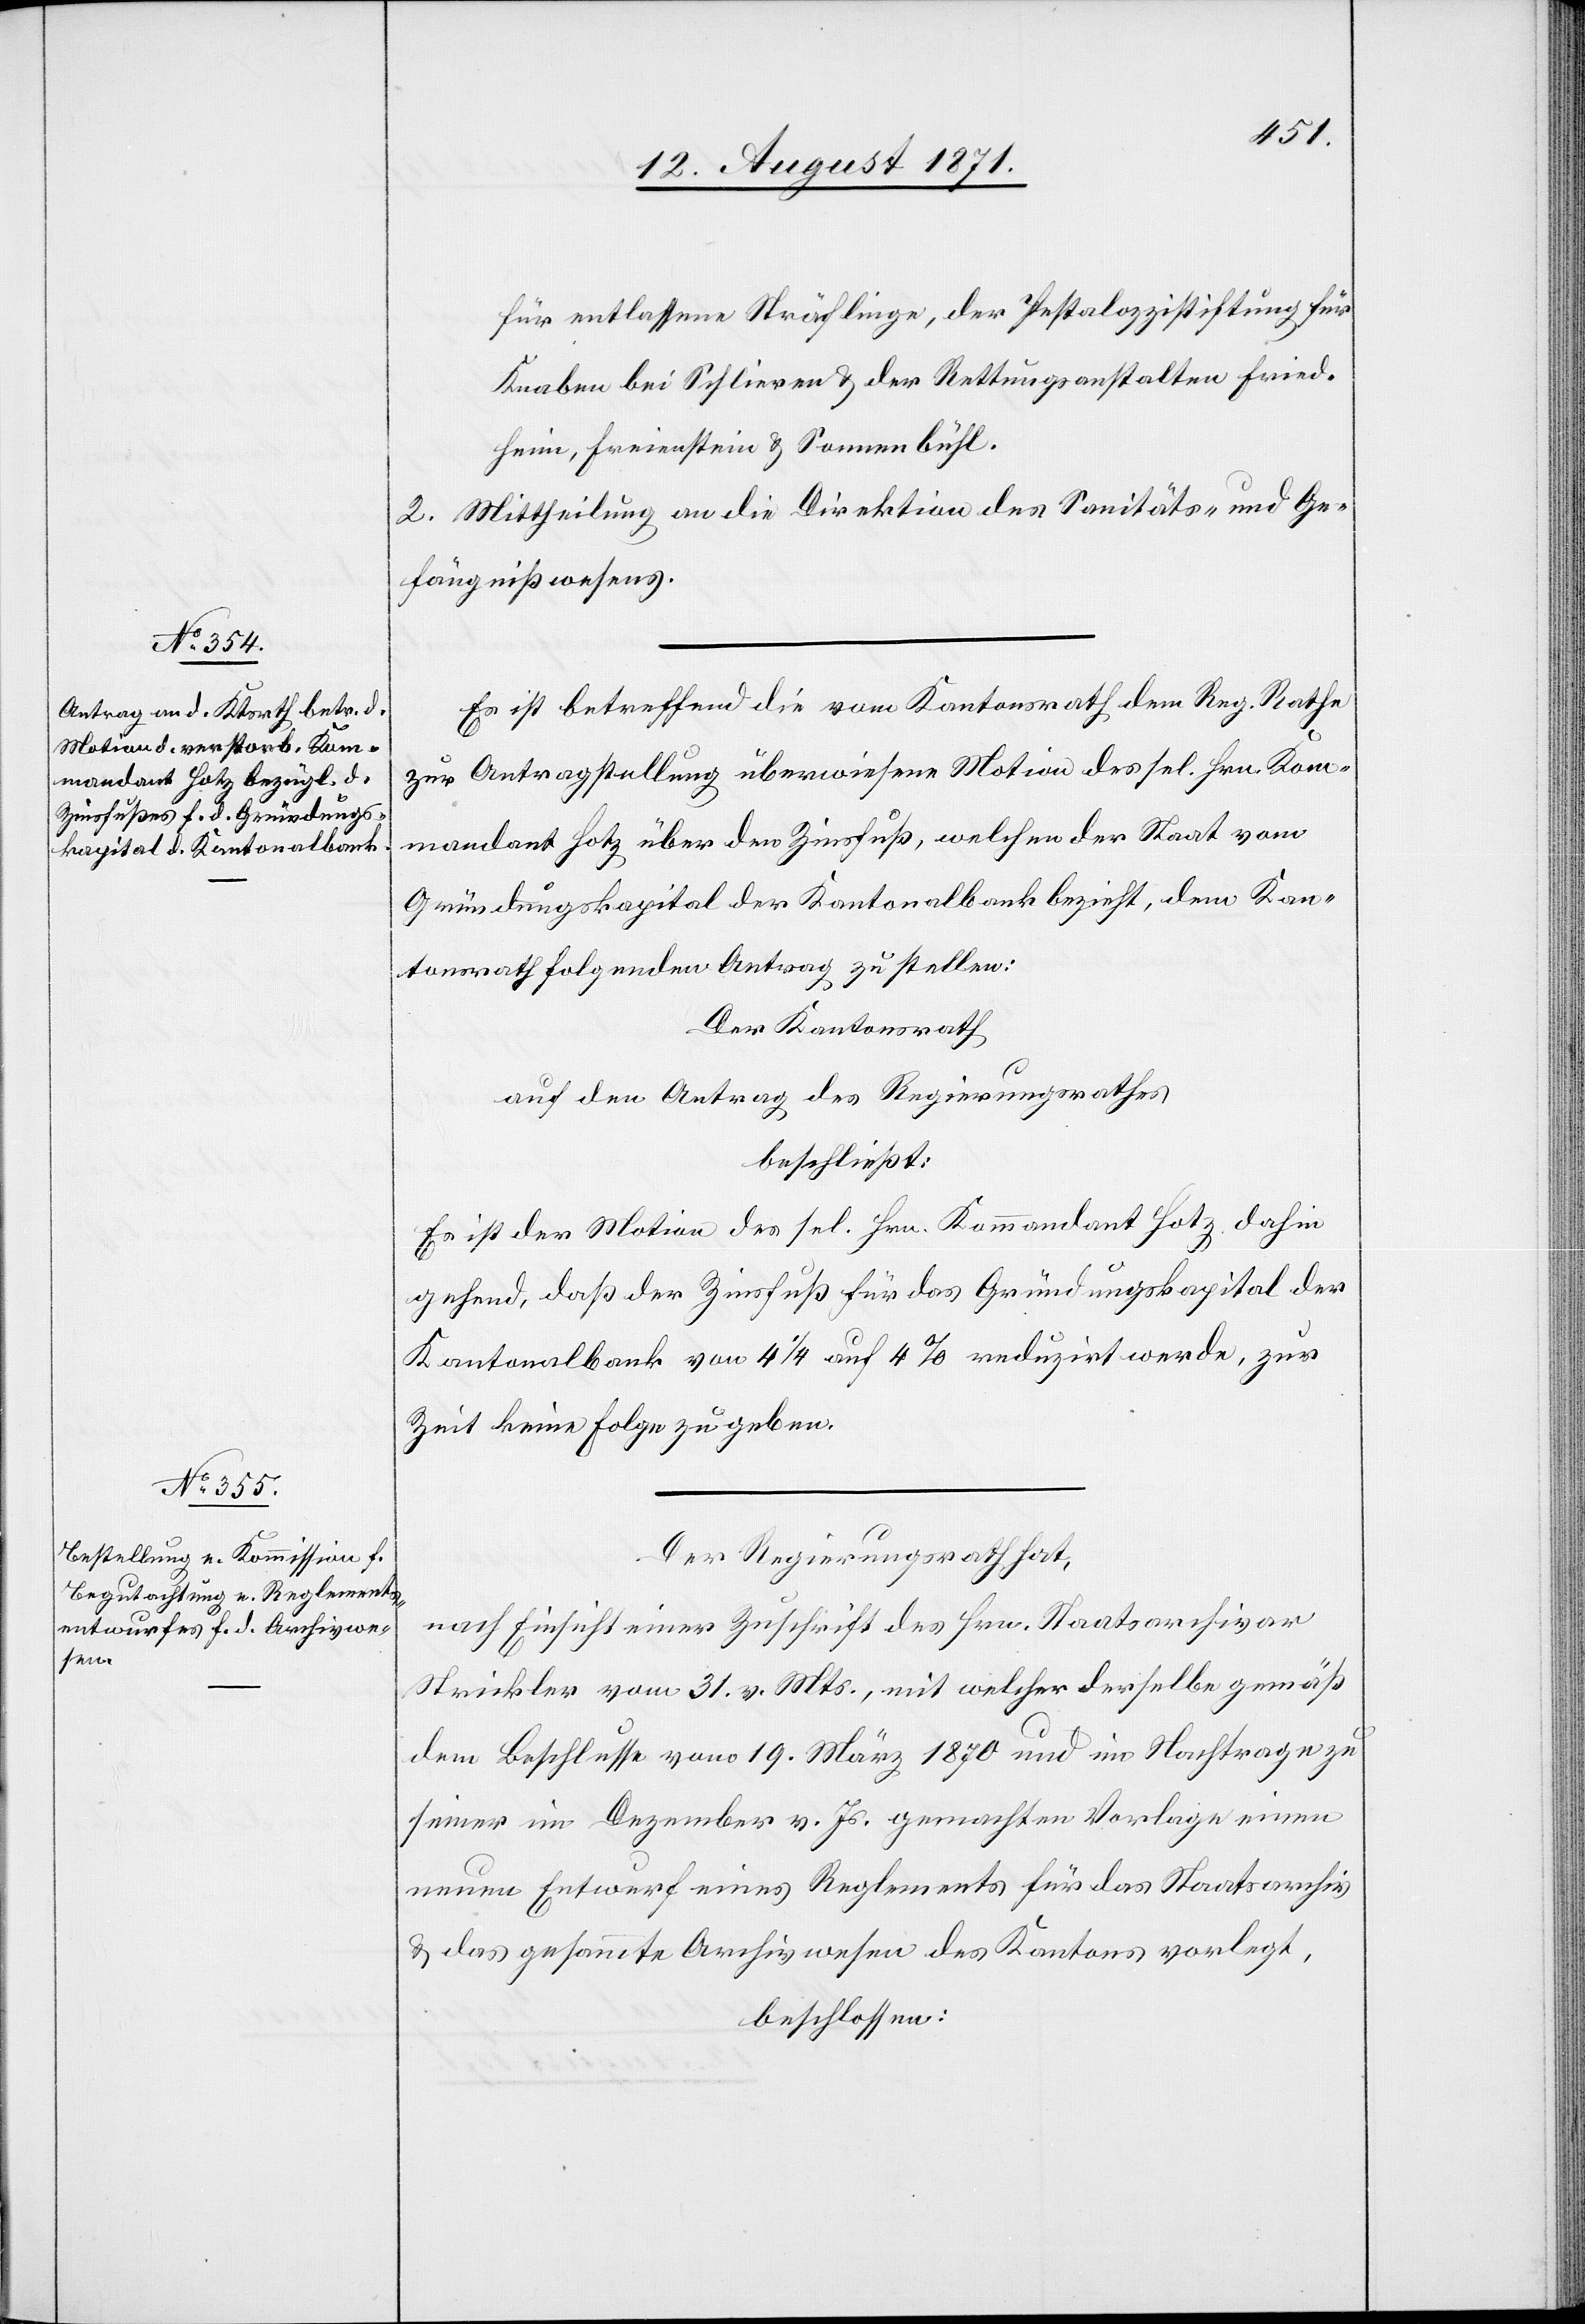
für entlassene Sträflinge, der Pestalozzistiftung für
Knaben bei Schlieren & der Rettungsanstalten Fried¬
heim, Freienstein & Sonnenbühl.
2. Mittheilung an die Direktion des Sanitäts- und Ge¬
fängnißwesens.
Es ist betreffend die vom Kantonsrath dem Reg. Rathe
zur Antragstellung überwiesene Motion des sel. Hrn. Kom¬
mandant Hotz über den Zinsfuß, welchen der Staat vom
Gründungskapital der Kantonalbank bezieht, dem Kan¬
tonsrath folgender Antrag zu stellen:
Der Kantonsrath
auf den Antrag des Regierungsrathes,
beschließt:
Es ist der Motion des sel. Hrn. Kommandant Hotz dahin
gehend, daß der Zinsfuß für das Gründungskapital der
Kantonalbank von 1/4% redigirt werde, zur
Zeit keine Folge zu geben.
Der Regierungsrath hat,
nach Einsicht einer Zuschrift des Hrn. Staatsarchivar
Strickler vom 31. v. Mts., mit welcher derselbe gemäß
dem Beschlusse vom 19. März 1870 und im Nachtrage zu
seiner im Dezember v. Js. gemachten Vorlage einen
neuen Entwurf eines Reglements für das Staatsarchiv
& das gesammte Archivwesen des Kantons vorlegt,
beschlossen: